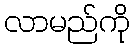
လာမည်ကို